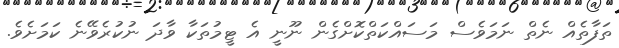
ތަފާތެއް ނެތް ނަމަވެސް މަސައްކަތްކޮށްގެން ނޫނީ އެ ޓީމުތަކާ ވާދަ ނުކުރެވޭނެ ކަމަށެވެ.